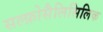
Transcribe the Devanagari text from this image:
सल्फ़ोसैलिसिलिक